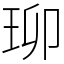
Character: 珋